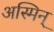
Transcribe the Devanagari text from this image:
अस्मिन्‌